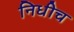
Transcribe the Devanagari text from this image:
निधीच